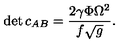
\det c _ { A B } = { \frac { 2 \gamma \Phi \Omega ^ { 2 } } { f \sqrt { g } } } .